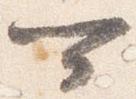
可